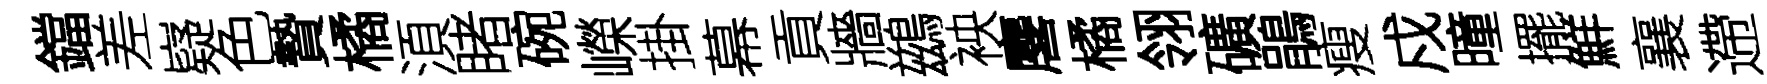
鐺差嶷色贄橘湏睹碗嶸掛幕貢牆鷀䘧麐橘翎礦鵑瘦戍曈擺鮮襄遰